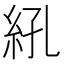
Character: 𬗆